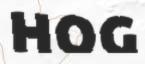
HOG